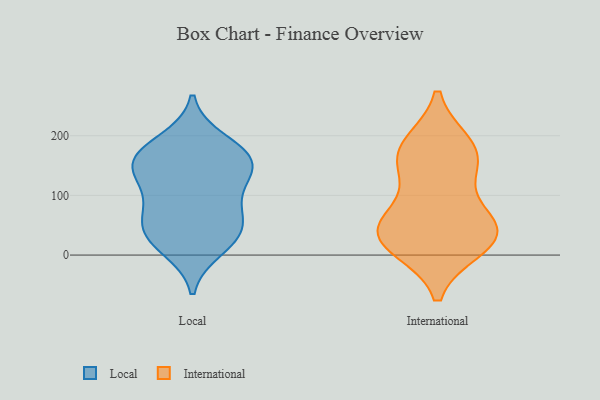
{"axis": {"x": "Active Users", "y": "Value"}, "legend": ["International", "Local"], "data": [{"x": "", "y": 166, "type": "Local"}, {"x": "", "y": 78, "type": "Local"}, {"x": "", "y": 76, "type": "Local"}, {"x": "", "y": 165, "type": "Local"}, {"x": "", "y": 152, "type": "Local"}, {"x": "", "y": 12, "type": "Local"}, {"x": "", "y": 117, "type": "Local"}, {"x": "", "y": 190, "type": "Local"}, {"x": "", "y": 155, "type": "Local"}, {"x": "", "y": 37, "type": "Local"}, {"x": "", "y": 139, "type": "Local"}, {"x": "", "y": 41, "type": "Local"}, {"x": "", "y": 34, "type": "Local"}, {"x": "", "y": 50, "type": "International"}, {"x": "", "y": 167, "type": "International"}, {"x": "", "y": 183, "type": "International"}, {"x": "", "y": 25, "type": "International"}, {"x": "", "y": 42, "type": "International"}, {"x": "", "y": 32, "type": "International"}, {"x": "", "y": 172, "type": "International"}, {"x": "", "y": 15, "type": "International"}, {"x": "", "y": 138, "type": "International"}, {"x": "", "y": 58, "type": "International"}]}